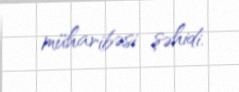
müharibəsi şəhidi.